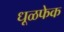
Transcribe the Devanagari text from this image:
धूळफेक